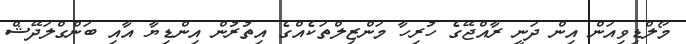
މޯލްޑިވިއަން އިން ދަނީ ރާއްޖޭގެ ހުރިހާ މަންޒިލްތަކެއްގެ އިތުރުން އިންޑިޔާ އާއި ބަންގްލަދޭޝް